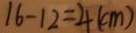
1 6 - 1 2 = 4 ( c m )